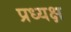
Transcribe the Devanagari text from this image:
प्रध्यक्ष